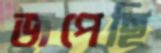
জপেছি